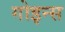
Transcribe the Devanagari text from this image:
गोइन्स